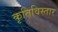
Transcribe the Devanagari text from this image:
कृतिविस्तार